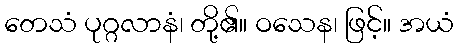
တေသံ ပုဂ္ဂလာနံ၊ တို့၏။ ဝသေန၊ ဖြင့်။ အယံ